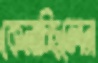
কেনাচ্ছিলেন